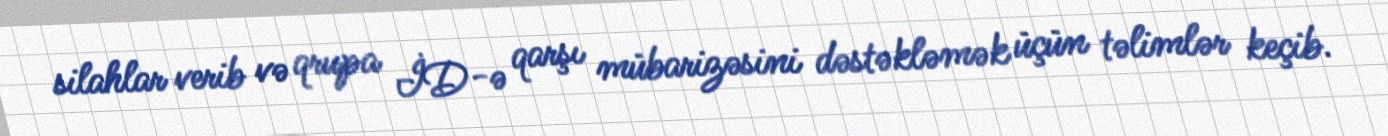
silahlar verib və qrupa İD-ə qarşı mübarizəsini dəstəkləmək üçün təlimlər keçib.